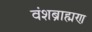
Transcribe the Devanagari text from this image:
वंशब्राह्मण